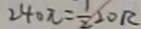
2 4 0 \pi = \frac { 1 } { 2 } 2 0 R